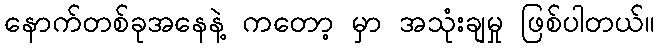
နောက်တစ်ခုအနေနဲ့ ကတော့ မှာ အသုံးချမှု ဖြစ်ပါတယ်။